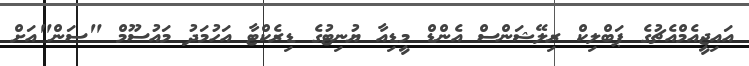
އައިޖީއެމްއެޗުގެ ޕަބްލިކް ރިލޭޝަންސް އެންޑް މީޑިއާ ޔުނިޓުގެ ޑިރެކްޓާ އަހުމަދު މައުސޫމް "ސަން"އަށް